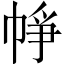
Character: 𢂰